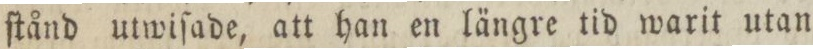
ſtånd utwiſade, att han en längre tid warit utan